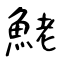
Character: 鮱